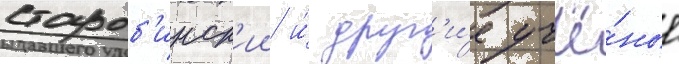
староб'инск'ии и́ друг'и́е учё́ные